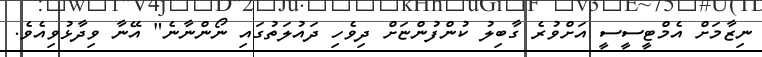
ނިޒާމަށް އެމްޓީސީސީ އަށްވުރެ ގާބިލު ކުންފުންޏަށް ދިވެހި ދައުލަތުގައި ނޯންނާނެ" އޭނާ ވިދާޅުވިއެވެ.